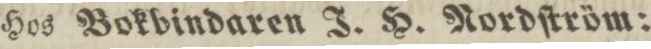
Hos Bokbindaren J. H. Nordſtröm: